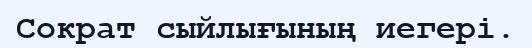
Сократ сыйлығының иегері.